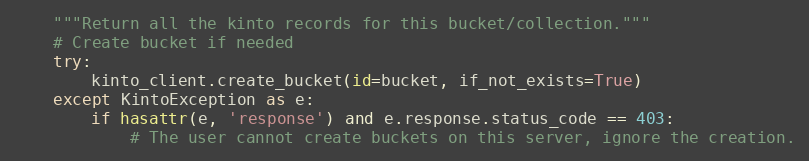
Language: Python
    """Return all the kinto records for this bucket/collection."""
    # Create bucket if needed
    try:
        kinto_client.create_bucket(id=bucket, if_not_exists=True)
    except KintoException as e:
        if hasattr(e, 'response') and e.response.status_code == 403:
            # The user cannot create buckets on this server, ignore the creation.